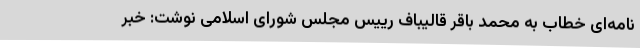
نامه‌ای خطاب به محمد باقر قالیباف رییس مجلس شورای اسلامی نوشت: خبر